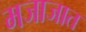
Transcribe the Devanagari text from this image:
मजाजात